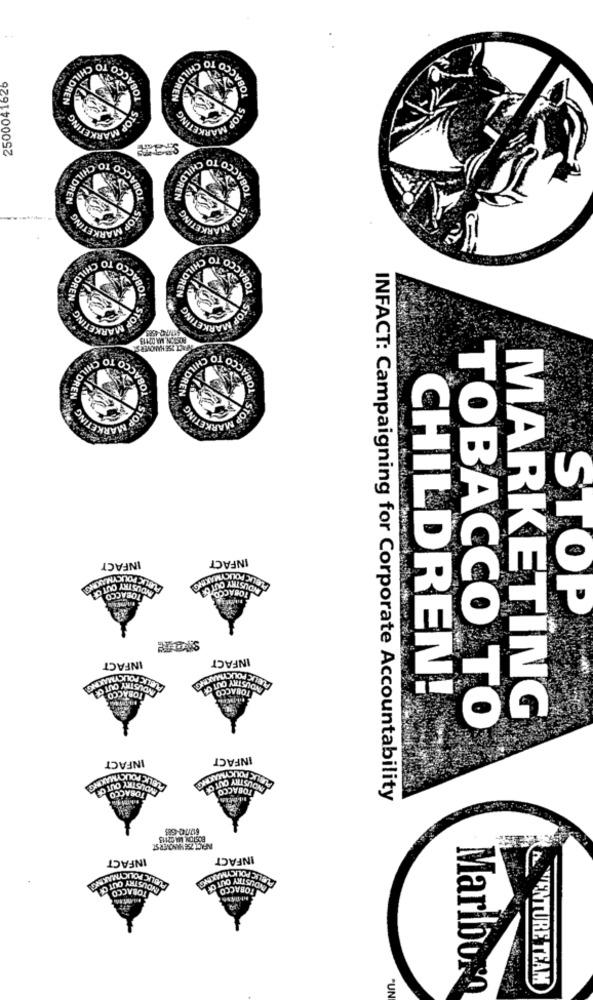
OBACO
TOBACCO
2500041626
RE
NG
LIING
TO
CO TO CHILD
TOBACC
BAS
TO CHILD
REN
ETING
MARKETING
STOP M
TOBACCO
CO TO CHILDREN
HILDREN
STOP MARKETING
BOSTON,MA 02115
WEACT TSE HANOVER S
TOBACCO
CCO TO CHILDR
WILD
KETING
MARKETING
STOR
INFACT
INFACT
PUBLIC POLICYMAKING
CYMUCHO
INDUSTRY OUT OF
TOBACCO
INDUSTRY OUT OF
TOBACCO
STOP
INFACT
INFACT
PUBLIC POLICYMAKING
PUBLIC POLICYMAXIS
UNDUSTRY OUT OR
TOBACCO
INDUSTRY OUT CH
TOBACCO
CHILDREN!
MARKETING
TOBACCO TO
INFACT
INFACT
PUBLIC POLICYMAKING
INDUSTRY OUT OF
TOBACCO
INDUSTRY OUT CE
TOBACCO
INFACT: Campaigning for Corporate Accountability
617/742-4585
POSTON MAC2113
INFACT ZSE MIANOVER ST.
INFACT
INFACT
PUBLIC POLICYMAKING
INDUSTRY OUT OF
PUBLIC POLICYMAKING
TOBACCO
AVOUS TRY OUT OF
TOBACCO
AVENTURE TEAM
Marlboro
"UN